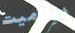
ديناميت